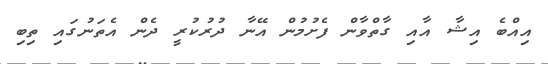
އިއްބެ އިޝާ އާއި ގާތްވާން ފެށުމުން އޭނާ ދުރުކުރީ ދެން އެތަނުގައި ތިބި